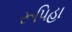
રૂપિહા